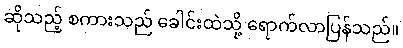
ဆိုသည့် စကားသည် ခေါင်းထဲသို့ ရောက်လာပြန်သည်။